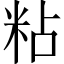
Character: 粘